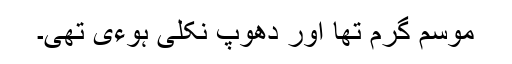
موسم گرم تھا اور دھوپ نکلی ہوءی تھی۔